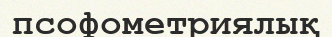
псофометриялық